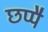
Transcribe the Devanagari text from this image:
छप्पै